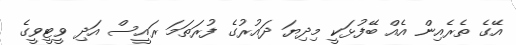
އޭގެ ތެރެއިން އެއް ބޭފުޅަކީ މިދިޔަ ދައުރުގެ ފުރަތަމަ ރައީސް އަދި ވީޓީވީގެ